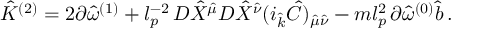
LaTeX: { \hat { \cal K } } ^ { ( 2 ) } = 2 \partial { \hat { \omega } } ^ { ( 1 ) } + l _ { p } ^ { - 2 } \, D { \hat { X } } ^ { \hat { \mu } } D { \hat { X } } ^ { \hat { \nu } } ( i _ { \hat { k } } { \hat { C } } ) _ { { \hat { \mu } } { \hat { \nu } } } - m l _ { p } ^ { 2 } \, \partial { \hat { \omega } } ^ { ( 0 ) } { \hat { b } } \, .